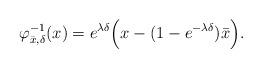
LaTeX: \begin{align*} \varphi_{ \bar x , \delta }^{ - 1} ( x) = e^{ \lambda \delta }\Big( x - (1 - e^{ - \lambda \delta }) \bar x\Big) . \end{align*}